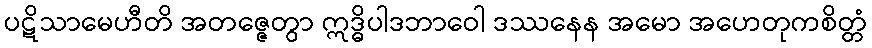
ပဋိသာမေဟီတိ အတဇ္ဇေတွာ ဣဒ္ဓိပါဒဘာဝေါ ဒဿနေန အမော အဟေတုကစိတ္တံ